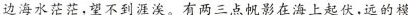
边海水茫茫。望不到涯涘。有两三点帆影在海上起伏，远的模